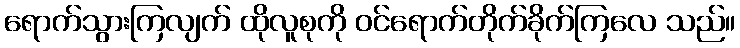
ရောက်သွားကြလျက် ထိုလူစုကို ဝင်ရောက်တိုက်ခိုက်ကြလေ သည်။